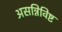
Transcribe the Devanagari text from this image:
असन्निविष्ट